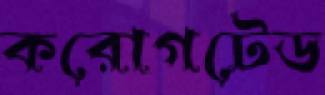
করোগটেড